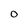
Character: 0